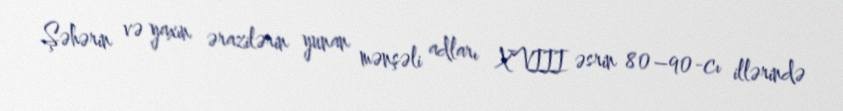
Şəhərin və yaxın ərazilərin yunan mənşəli adları XVIII əsrin 80–90-cı illərində